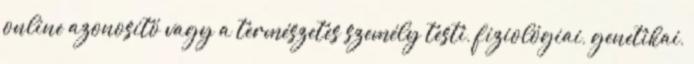
online azonosító vagy a természetes személy testi, fiziológiai, genetikai,